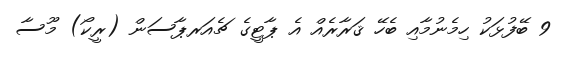
9 ބޭފުޅަކު ހިމެނުމާއި ބެހޭ ޤަރާރެއް އެ ޕާޓީގެ ޗެއަރޕާސަން (ރީކޯ) މޫސާ